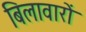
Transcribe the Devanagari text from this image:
बिलावारों